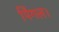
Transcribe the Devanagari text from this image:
पिंगल।